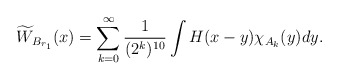
\begin{align*} \widetilde{W}_{B_{r_1}}(x)=\sum_{k=0}^\infty \frac{1}{(2^k)^{10}}\int H(x-y)\chi_{A_k}(y)dy. \end{align*}